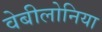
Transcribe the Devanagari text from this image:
वेबीलोनिया